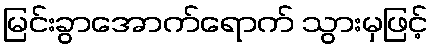
မြင်းခွာအောက်ရောက် သွားမှဖြင့်